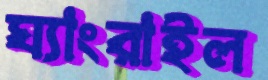
ঘ্যাংরাইল